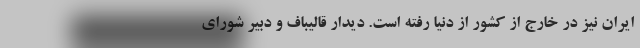
ایران نیز در خارج از کشور از دنیا رفته است. دیدار قالیباف و دبیر شورای